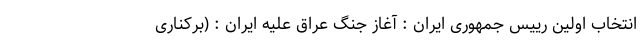
انتخاب اولین رییس جمهوری ایران : آغاز جنگ عراق علیه ایران : (برکناری